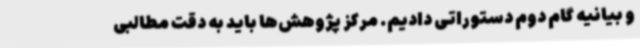
و بیانیه گام دوم دستوراتی دادیم. مرکز پژوهش‌ها باید به دقت مطالبی